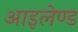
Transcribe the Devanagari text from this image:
आइलेण्ड